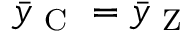
\bar { y } _ { \mathrm { ~ C ~ } } = \bar { y } _ { \mathrm { ~ Z ~ } }